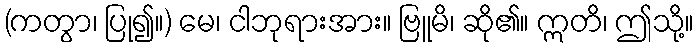
(ကတွာ၊ ပြု၍။) မေ၊ ငါဘုရားအား။ ဗြူမိ၊ ဆို၏။ ဣတိ၊ ဤသို့။